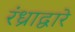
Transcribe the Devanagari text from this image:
रंध्राद्वारे